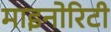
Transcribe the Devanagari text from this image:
माइनोरिटी